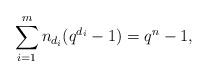
LaTeX: \begin{align*}\sum_{i=1}^{m} n_{d_i}(q^{d_i}-1)=q^n-1,\end{align*}